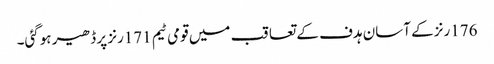
176رنز کے آسان ہدف کے تعاقب میں قومی ٹیم 171رنز پر ڈھیر ہوگئی۔